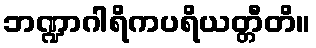
ဘဏ္ဍာဂါရိကပရိယတ္တီတိ။